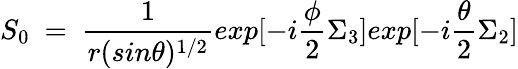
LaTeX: S_{0}~=~\frac{1}{r(sin\theta)^{1/2}}exp[-i\frac{\phi}{2}\Sigma_{3}]exp[-i\frac{\theta}{2}\Sigma_{2}]